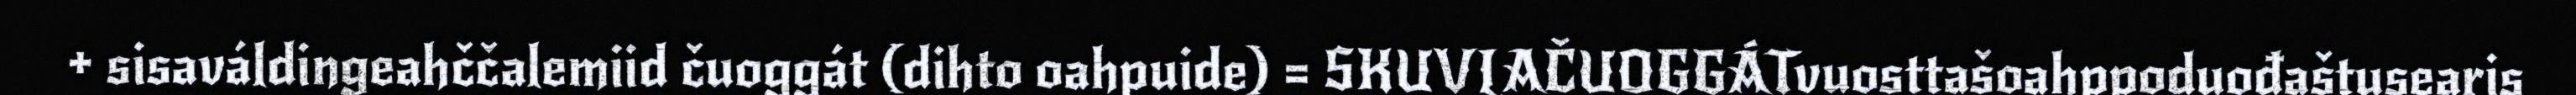
+ sisaváldingeahččalemiid čuoggát (dihto oahpuide) = SKUVLAČUOGGÁTvuosttašoahppoduođaštusearis